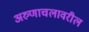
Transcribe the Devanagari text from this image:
अरुणाचलावरील